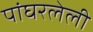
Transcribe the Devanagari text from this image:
पांघरलेली